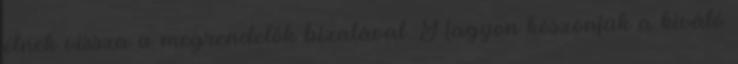
élnek vissza a megrendelők bizalával. Nagyon köszönjük a kiváló